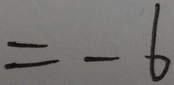
= - 6